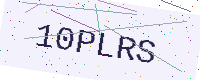
Text: 10PLRS